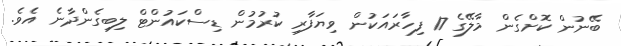
ބޭނުން ކޮށްގެން މާލޭގެ 17 ފިހާރައަކުން ވިޔަފާރި ކުރުމުން ޑިސްކައުންޓް ލިބިގެންދާނެ އެވެ.